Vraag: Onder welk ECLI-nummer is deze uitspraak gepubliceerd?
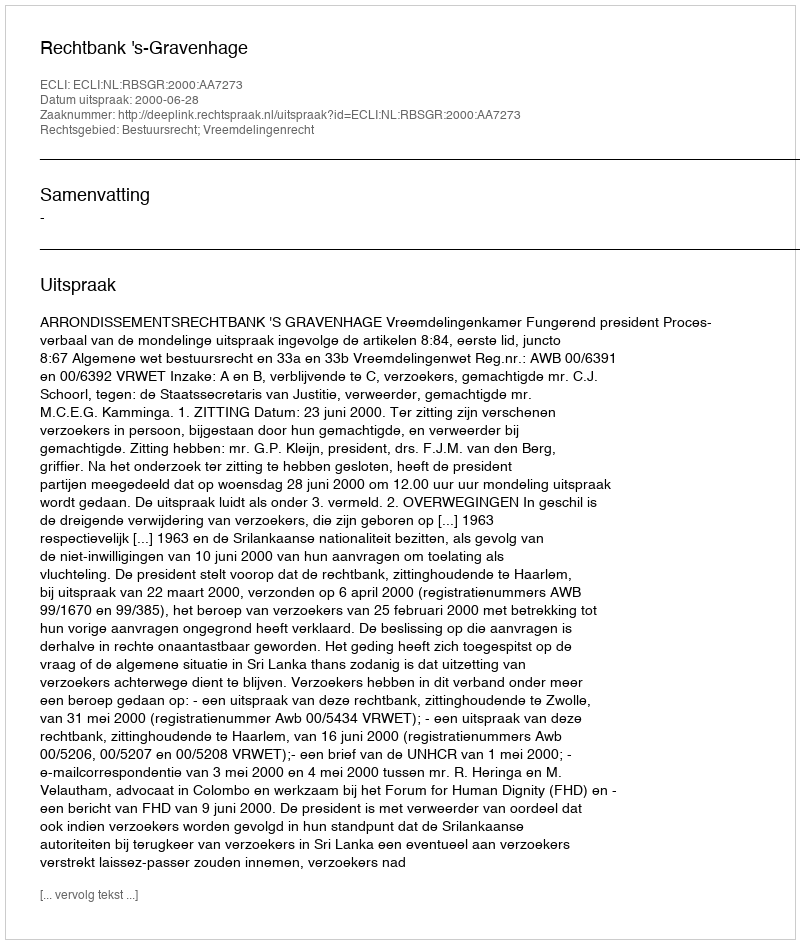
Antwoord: ECLI:NL:RBSGR:2000:AA7273